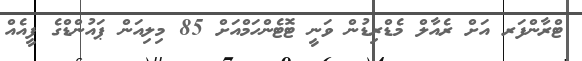
ޓްރާންފަރ އަށް ރެއާލް މެޑްރިޑުން ވަނީ ޓޮޓެންހަމްއަށް 85 މިލިއަން ޕައުންޑްގެ ފީއެއް